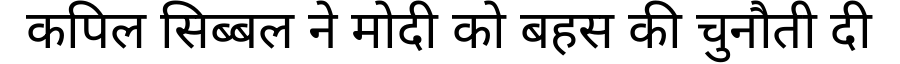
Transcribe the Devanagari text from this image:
कपिल सिब्बल ने मोदी को बहस की चुनौती दी